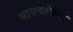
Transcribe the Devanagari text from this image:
भासवलेल्या